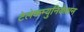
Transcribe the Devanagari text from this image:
टेलेकम्युनिकेशन